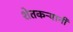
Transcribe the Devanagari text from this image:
शेतकऱ्यानी